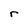
Character: r